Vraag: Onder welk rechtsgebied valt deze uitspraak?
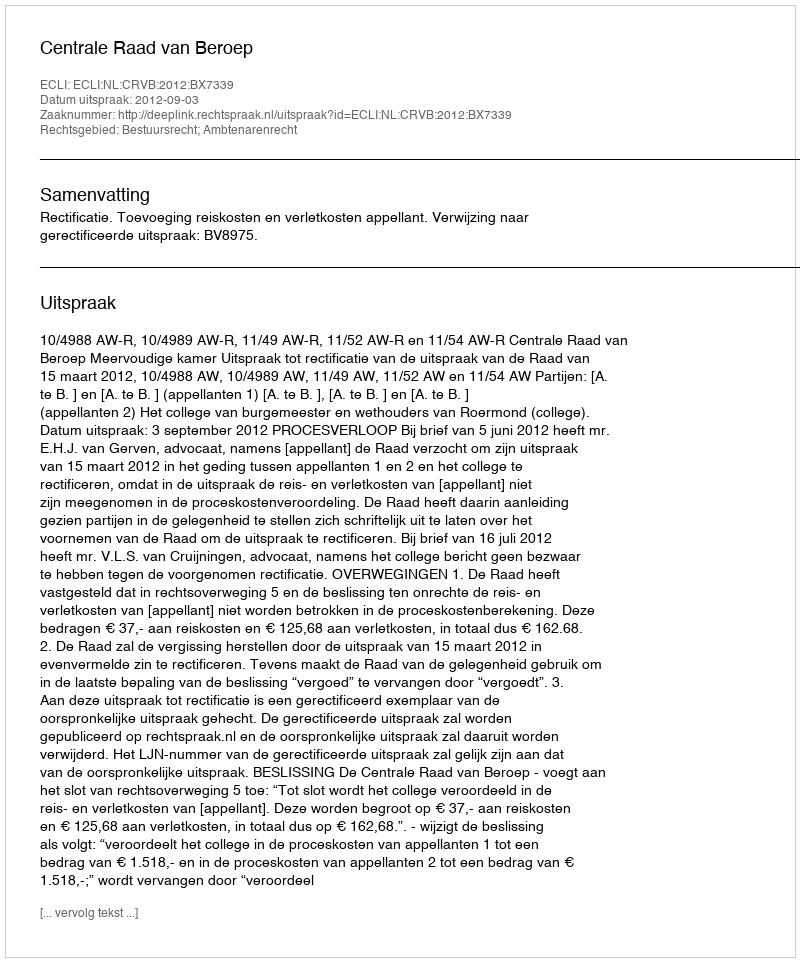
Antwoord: Bestuursrecht; Ambtenarenrecht